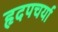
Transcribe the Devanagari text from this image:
हृदपचर्या